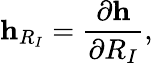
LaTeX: {\displaystyle{\mathbf h}_{R_{I}}=\frac{\partial{\mathbf h}}{\partial R_{I}}},